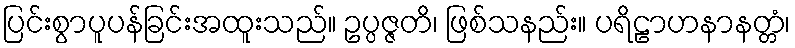
ပြင်းစွာပူပန်ခြင်းအထူးသည်။ ဥပ္ပဇ္ဇတိ၊ ဖြစ်သနည်း။ ပရိဠာဟနာနတ္တံ၊